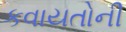
કવાયતોની